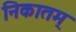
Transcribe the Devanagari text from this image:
निकातम्